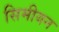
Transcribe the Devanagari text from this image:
सिमीयन